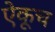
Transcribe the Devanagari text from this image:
ऐकूच